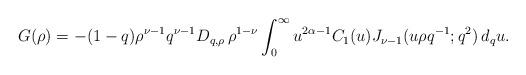
LaTeX: \begin{align*}G(\rho)= -(1-q) \rho^{\nu-1} q^{\nu-1} D_{q,\rho}\,\rho^{1-\nu} \int_0^\infty u^{2\alpha-1}C_1(u) J_{\nu-1} (u\rho q^{-1}; q^2) \,d_q u. \end{align*}